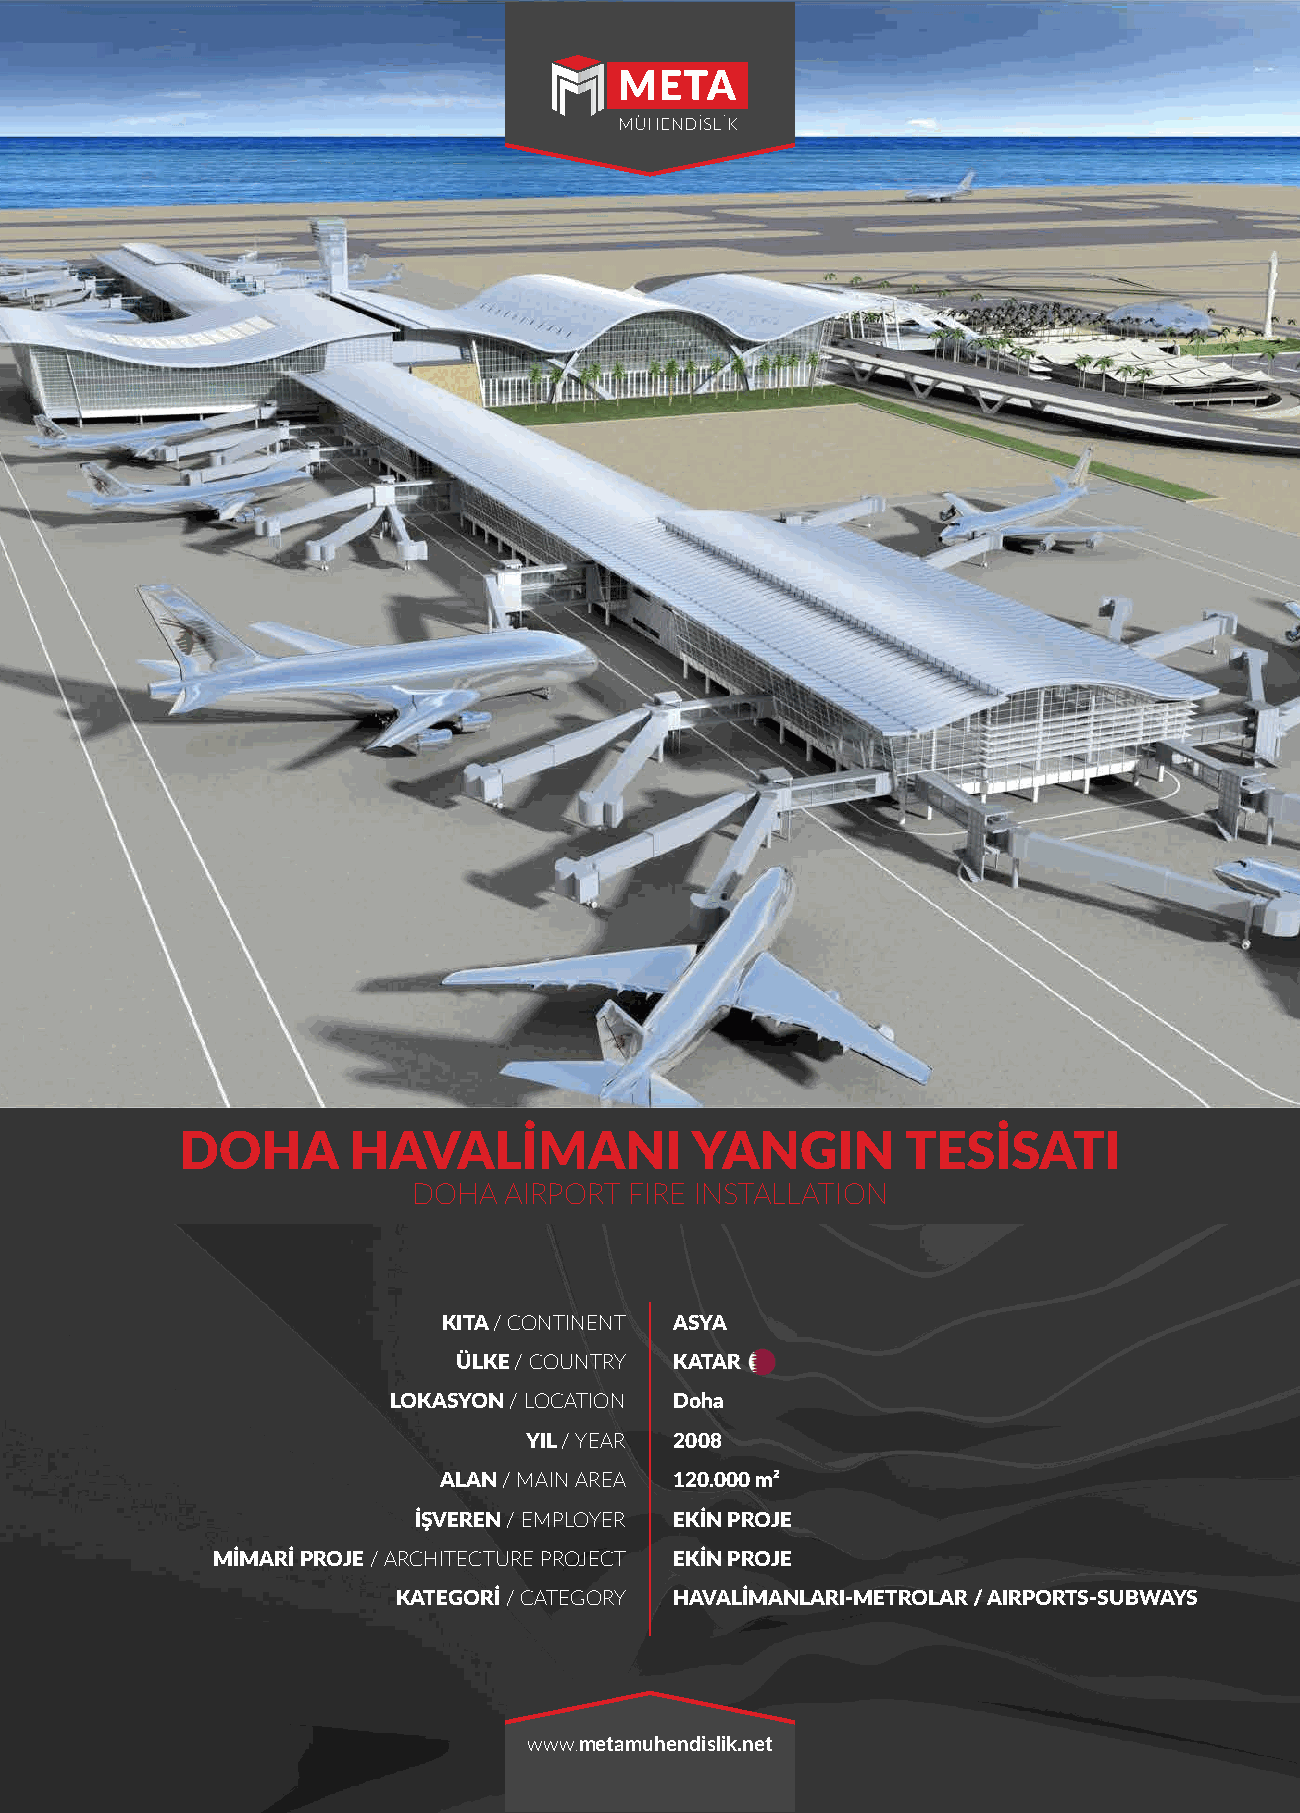
DOHA       HAVALİMANI             YANGIN        TESİSATI
 DOHA  AIRPORT  FIRE INSTALLATION
 KITA / CONTINENT ASYA
 ÜLKE / COUNTRY KATAR
 LOKASYON / LOCATION Doha
 YIL / YEAR 2008
 ALAN / MAIN AREA 120.000 m²
 İŞVEREN / EMPLOYER EKİN PROJE
 MİMARİ PROJE / ARCHITECTURE PROJECT EKİN PROJE
 KATEGORİ / CATEGORY HAVALİMANLARI-METROLAR / AIRPORTS-SUBWAYS
 www.metamuhendislik.net